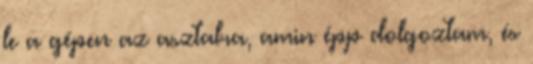
le a gépen az asztalra, amin épp dolgoztam, és